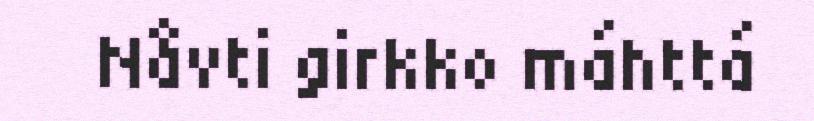
Nåvti girkko máhttá